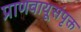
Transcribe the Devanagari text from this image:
प्राणवायूसंपृक्त